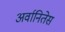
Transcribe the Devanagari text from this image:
अर्वानितेस